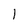
Character: l